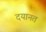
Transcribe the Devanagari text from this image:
दयानत